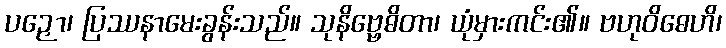
ပဉှော၊ ပြဿနာမေးခွန်းသည်။ သုနိဗ္ဗေဓိတာ၊ ယုံမှားကင်း၏။ ဗဟုဝိဓေဟိ၊